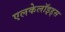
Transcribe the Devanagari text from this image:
एलकेलॉइड्स